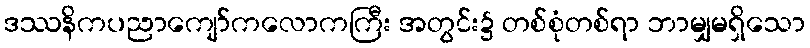
ဒဿနိကပညာကျော်ကလောကကြီး အတွင်း၌ တစ်စုံတစ်ရာ ဘာမျှမရှိသော